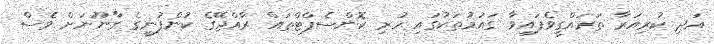
އަދި ކުރިއަރާ ތަރައްގީވެފައިވާ ގައުމުތަކުގައި ހުރި ކޮންސެޕްޓްތައް ރާއްޖޭގެ ކުންފުނީގެ ގާނޫނަށް ވެސް